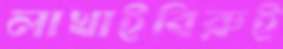
লাখাইবিরুই